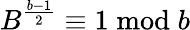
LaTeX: B^{\frac{b-1}{2}}\equiv 1{\bmod{b}}